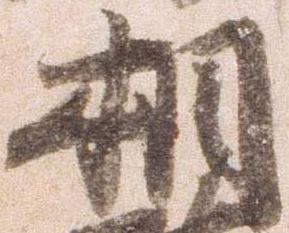
相